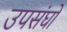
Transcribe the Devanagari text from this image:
उपसंघों